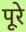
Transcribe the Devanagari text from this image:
पूरे